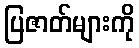
ပြဇာတ်များကို